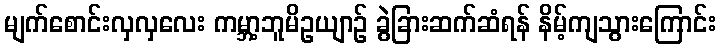
မျက်စောင်းလှလှလေး ကမ္ဘာ့ဘူမိဥယျာဉ် ခွဲခြားဆက်ဆံရန် နိမ့်ကျသွားကြောင်း